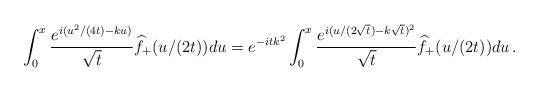
LaTeX: \begin{align*}\int_{0}^x \frac{e^{i(u^2/(4t)-ku)}}{\sqrt t}\widehat f_+(u/(2t))du=e^{-itk^2}\int_{0}^x \frac{e^{i(u/(2\sqrt t)-k\sqrt t)^2}}{\sqrt t}\widehat f_+(u/(2t))du\,.\end{align*}